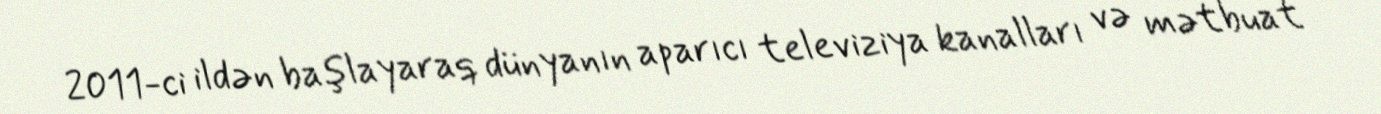
2011-ci ildən başlayaraq dünyanın aparıcı televiziya kanalları və mətbuat